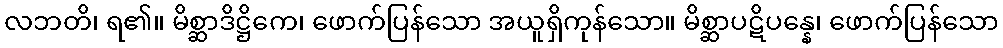
လဘတိ၊ ရ၏။ မိစ္ဆာဒိဋ္ဌိကေ၊ ဖောက်ပြန်သော အယူရှိကုန်သော။ မိစ္ဆာပဋိပန္နေ၊ ဖောက်ပြန်သော